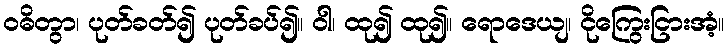
ဝဓိတွာ၊ ပုတ်ခတ်၍ ပုတ်ခပ်၍။ ဝါ၊ ထု၍ ထု၍။ ရောဒေယျ၊ ငိုကြွေးငြားအံ့။